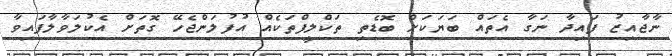
ނާޖާއިޒު ފައިދާ ނަގާ އެތައް ބަޔަކަށް ބޮޑެތި ތަކްލީފްތަކެއް އުފުލަންޖެހޭ ގޮތަށް އެކުލަވާލާފައިވާ